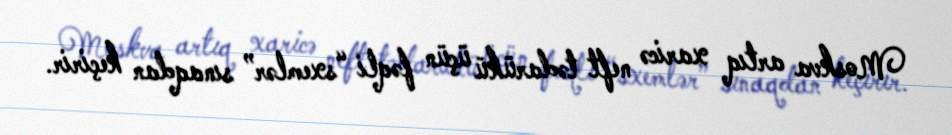
Moskva artıq xaricə neft tədarükü üçün fəqli “sxemlər” sınaqdan keçirir.